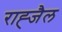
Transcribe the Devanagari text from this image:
राह्जैल